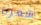
شعرنا